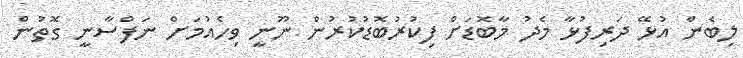
ލިބެން އުޅޭ ދަރިފުޅާ މެދު މާބޮޑަށް ފިކުރުބޮޑުކުރުން ނޫނީ ވިހެއުމަށް ނަފްސާނީ ގޮތުން